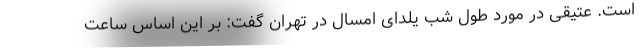
است. عتیقی در مورد طول شب یلدای امسال در تهران گفت: بر این اساس ساعت